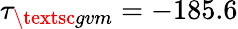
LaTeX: \tau_{\textsc{gvm}}=-185.6